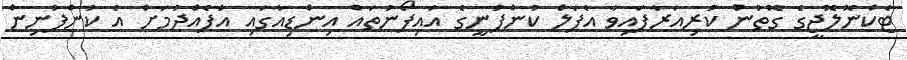
ޓެކްނޮލޮޖީގެ ގޮތުން ކުރިއަރާފައިވާ އެޕަލް ކުންފުނީގެ އައިފޯނުތައް އިންޑިއާގައި އުފެއްދުމަށް އެ ކުންފުނިން